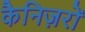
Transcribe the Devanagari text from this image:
कैनिज़रों